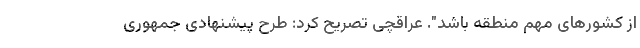
از کشورهای مهم منطقه باشد". عراقچی تصریح کرد: طرح پیشنهادی جمهوری